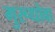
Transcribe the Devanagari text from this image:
गुरूधोवा